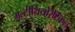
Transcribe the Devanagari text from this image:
मल्टीथियोरेटिकल